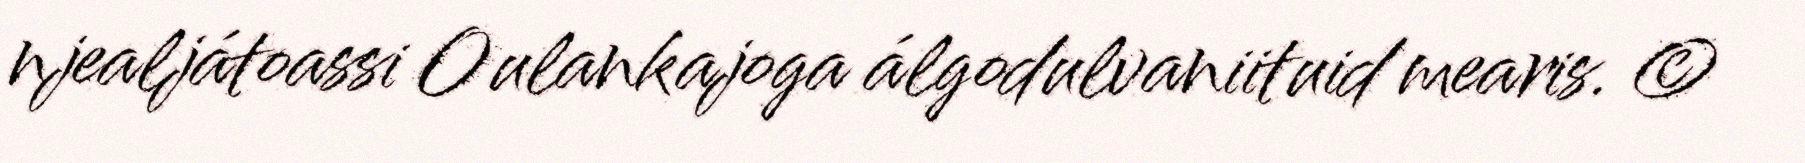
njealjátoassi Oulankajoga álgodulvaniituid mearis. ©